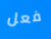
فعل